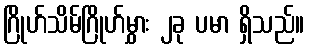
ဂြိုဟ်သိမ်ဂြိုဟ်မွှား ၂ခု ပမာ ရှိသည်။